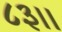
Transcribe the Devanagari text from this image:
८३।।